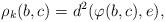
LaTeX: \begin{align*}\rho_{k}(b,c)=d^2(\varphi(b,c),e), \end{align*}